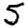
Digit: 5